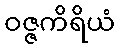
ဝဇ္ဇကိရိယံ